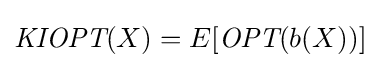
{\textit {KIOPT}}(X)=E[{\textit {OPT}}(b(X))]